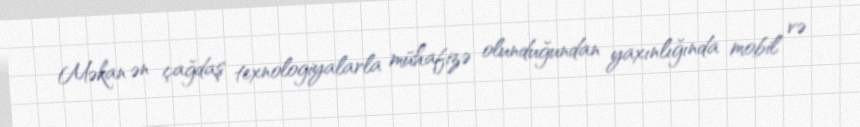
Məkan ən çağdaş texnologiyalarla mühafizə olunduğundan yaxınlığında mobil və